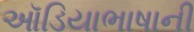
ઑડિયાભાષાની